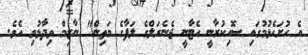
އެ ހުށަހެޅުމުގައި ސޮއިކުރާނީ އެޓާނީ ޖެނެރަލްގެ ލަފާގެ މަތިން" ނާޒިމް ވިދާޅުވި އެވެ.